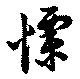
慄